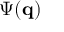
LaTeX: \Psi ( \mathbf { q } )